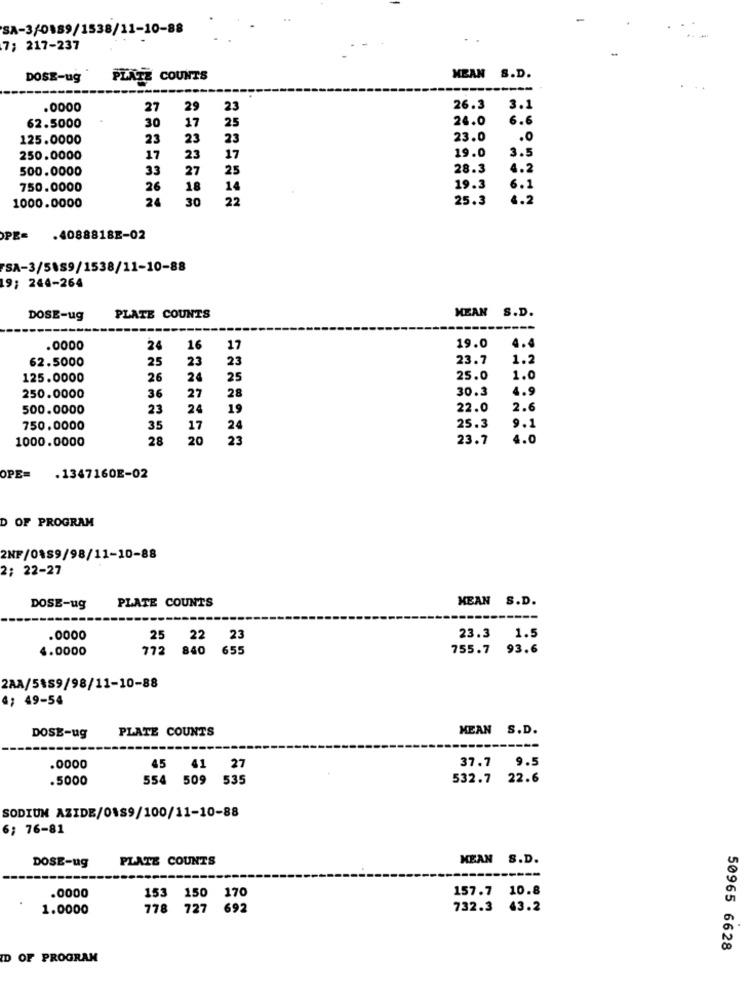
SA-3/0189/1538/11-10-88
7; 217-237
DOSE-ug
PLATE COUNTS
MEAN S.D.
.0000
27
29
23
26.3
3.1
30
17
24.0
6.6
62.5000
25
125.0000
23
23
23
23.0
.0
3.5
250.0000
17
23
17
19.0
500.0000
33
27
25
28.3
4.2
750.0000
26
18
14
19.3
6.1
24
30
22
25.3
4.2
1000.0000
.4088818E-02
SA-3/5089/1538/11-10-88
19; 244-264
DOSE-ug
PLATE COUNTS
MEAN S.D.
---
.0000
24
16
17
19.0
4.4
62.5000
25
23
23
23.7
1.2
125.0000
26
24
25
25.0
1.0
30.3
4.9
250.0000
36
27
28
500.0000
23
24
19
22.0
2.6
750.0000
35
17
24
25.3
9.1
1000.0000
28
20
23
23.7
4.0
OPE=
.1347160E-02
D OF PROGRAM
2NF/0189/98/11-10-88
2; 22-27
PLATE COUNTS
MEAN S.D.
DOSE-ug
.0000
25 22 23
23.3 1.5
4.0000
772 840 655
755.7
93.6
2AA/5159/98/11-10-88
4; 49-54
PLATE COUNTS
MEAN S.D.
DOSE-ug
.0000
45 41 27
37.7 9.5
.5000
554 509 535
532.7 22.6
SODIUM AZIDE/0189/100/11-10-88
6; 76-81
PLATE COUNTS
MEAN S.D.
DOSE-ug
153
150
170
157.7 10.8
.0000
1.0000
778 727 692
732.3 43.2
50965 6628
ID OF PROGRAM